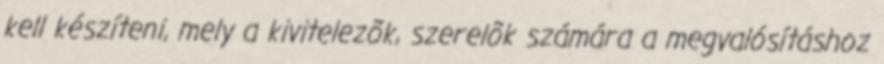
kell készíteni, mely a kivitelezõk, szerelõk számára a megvalósításhoz